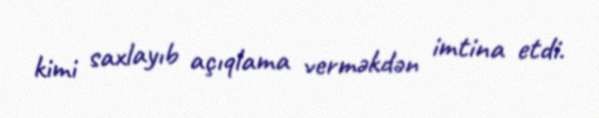
kimi saxlayıb açıqlama verməkdən imtina etdi.